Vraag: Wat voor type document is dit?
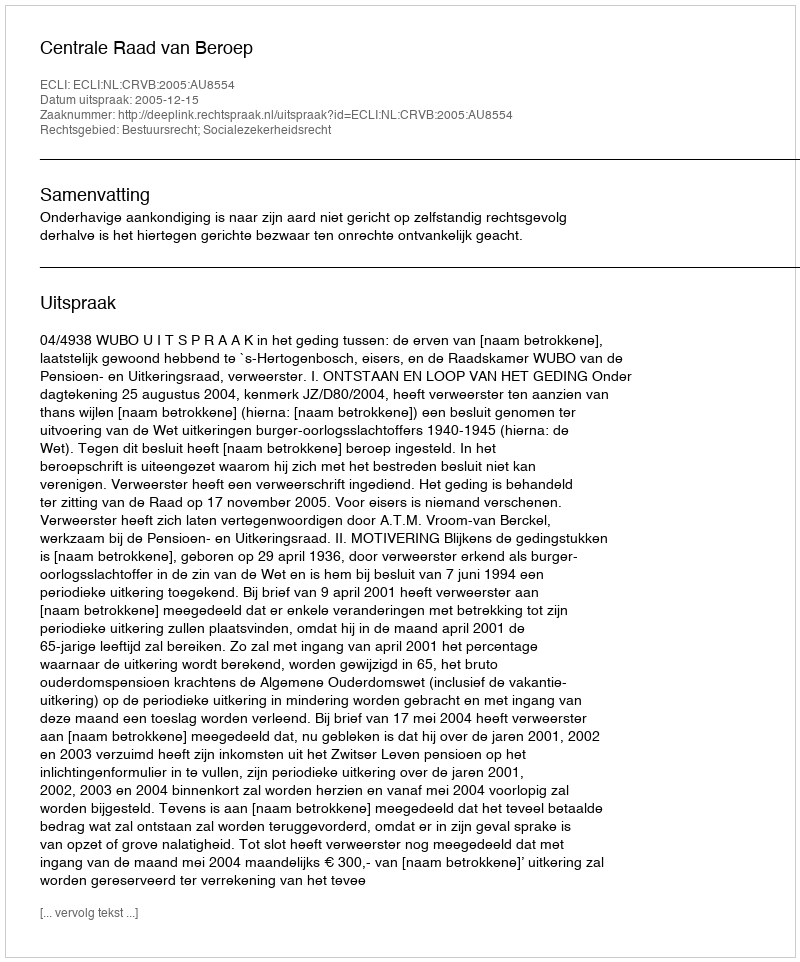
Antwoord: Uitspraak